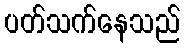
ပတ်သက်နေသည်